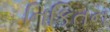
નિકિતન